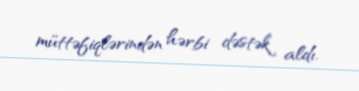
müttəfiqlərindən hərbi dəstək aldı.